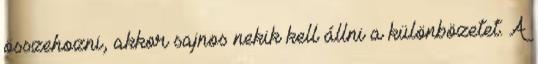
összehozni, akkor sajnos nekik kell állni a különbözetet. A